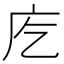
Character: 𭙐